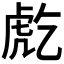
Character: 𧆫